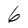
Character: 6